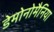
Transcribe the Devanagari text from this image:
डेमोनोमैनिया